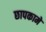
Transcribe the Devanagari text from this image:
छापकामे